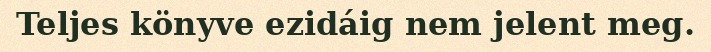
Teljes könyve ezidáig nem jelent meg.